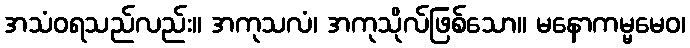
အသံဝရသည်လည်း။ အကုသလံ၊ အကုသိုလ်ဖြစ်သော။ မနောကမ္မမေဝ၊